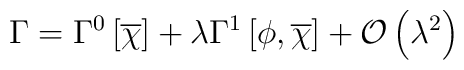
\Gamma = \Gamma^{0}\left[\overline{\chi}\right] + \lambda\Gamma^{1}\left[\phi,\overline{\chi}\right] + {\mathcal O}\left(\lambda^2\right)